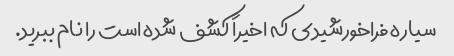
سیاره فراخورشیدی که اخیراً کشف شده است را نام ببرید.